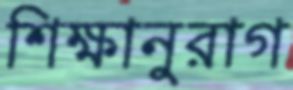
শিক্ষানুরাগ